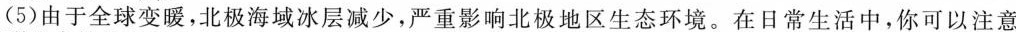
(5)由于全球变暖，北极海域冰层减少，严重影响北极地区生态环境。在日常生活中，你可以注意